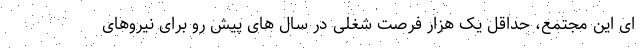
ای این مجتمع، حداقل یک هزار فرصت شغلی در سال های پیش رو برای نیروهای